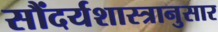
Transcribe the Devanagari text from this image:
सौंदर्यशास्त्रानुसार